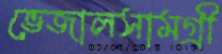
ভেজালসামগ্রী